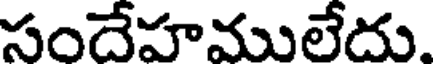
సందేహములేదు.